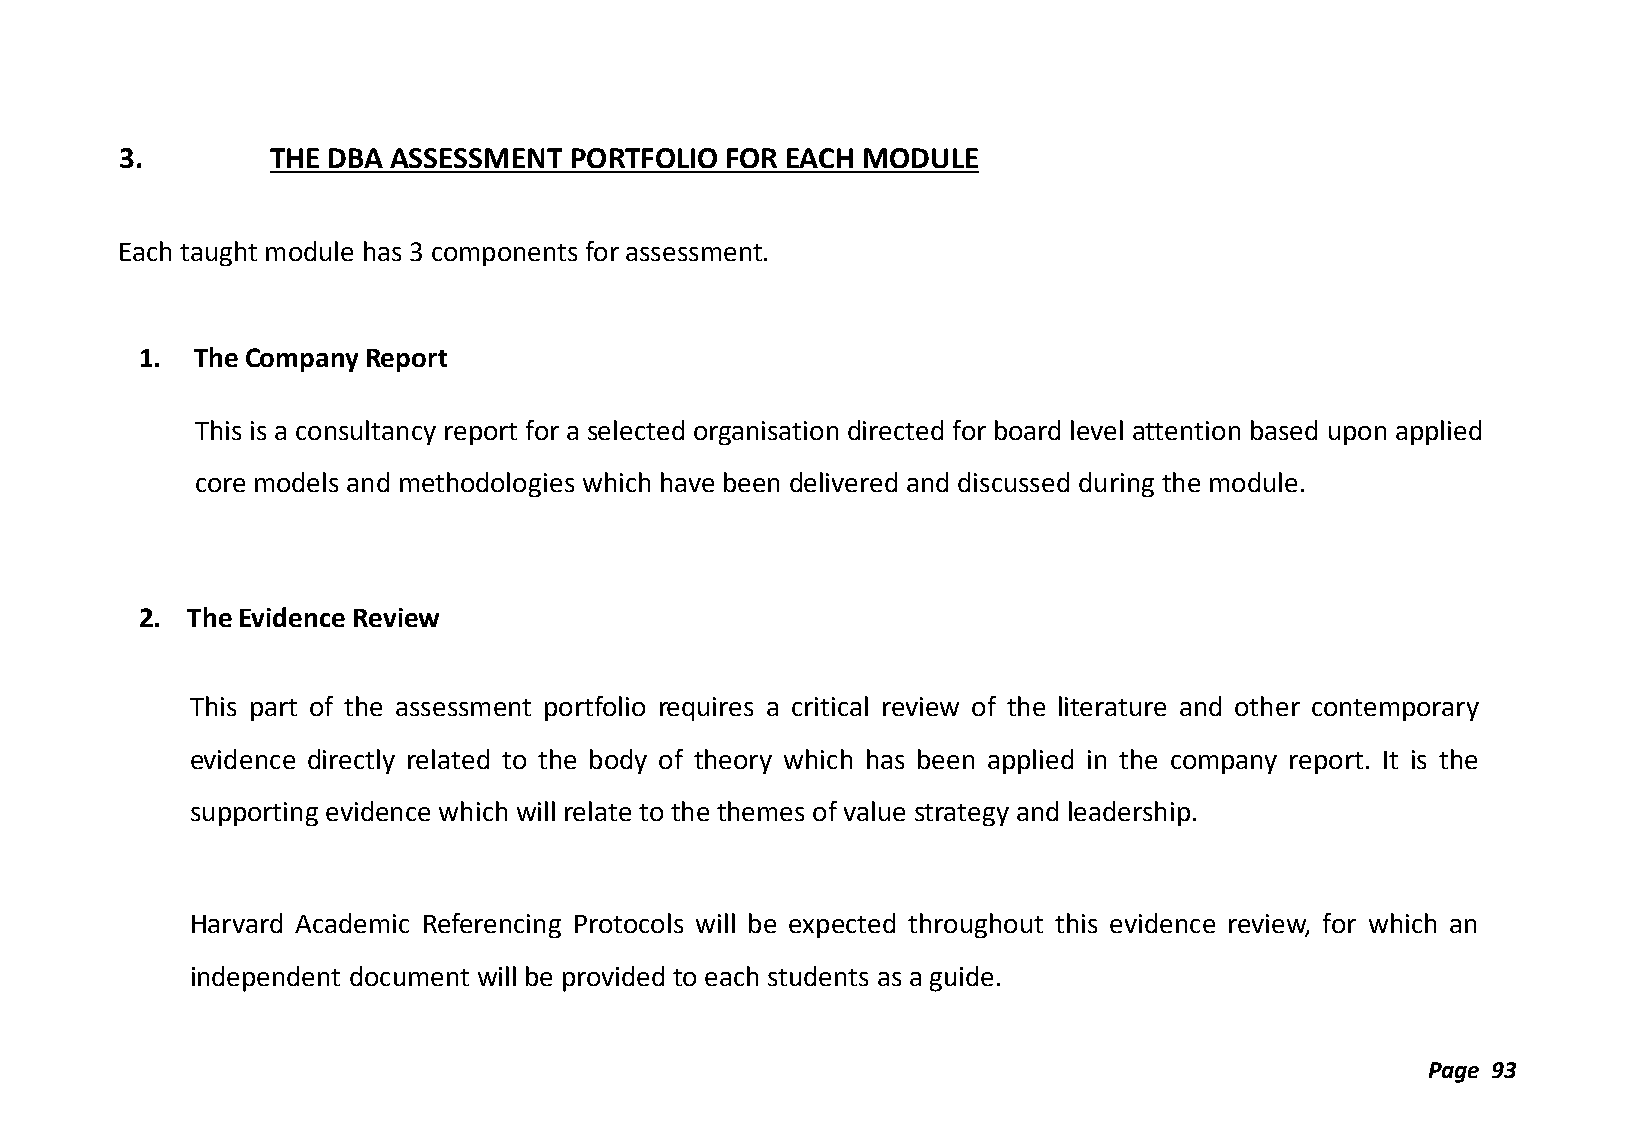
3.        THE DBA ASSESSMENT  PORTFOLIO FOR EACH MODULE
 Each taught module has 3 components for assessment.
 1.  The Company Report
 This is a consultancy report for a selected organisation directed for board level attention based upon applied
 core models and methodologies which have been delivered and discussed during the module.
 2. The Evidence Review
 This part of the assessment portfolio requires a critical review of the literature and other contemporary
 evidence directly related to the body of theory which has been applied in the company report. It is the
 supporting evidence which will relate to the themes of value strategy and leadership.
 Harvard Academic Referencing Protocols will be expected throughout this evidence review, for which an
 independent document will be provided to each students as a guide.
 Page 93